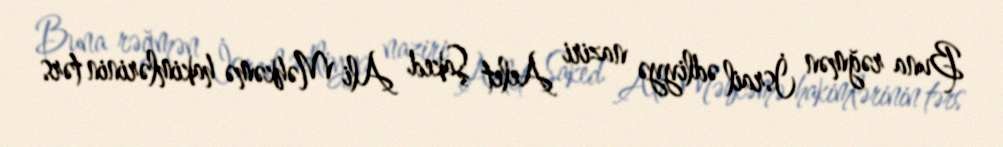
Buna rəğmən İsrail ədliyyə naziri Aelet Şaked Ali Məhkəmə hakimlərinin tərs